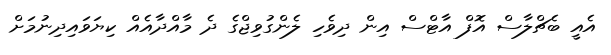
އެއީ ބެޗްލާސް އޮފް އާޓްސް އިން ދިވެހި ލެންގުވިޖްގެ ދެ މާއްދާއެއް ކިޔަވައިދިނުމަށް